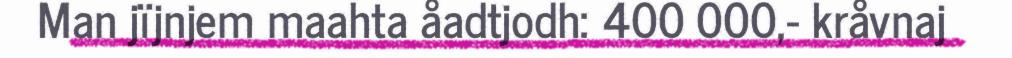
Man jïjnjem maahta åadtjodh: 400 000,- kråvnaj